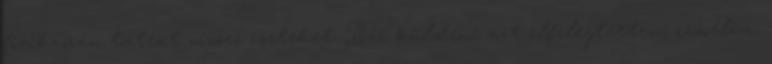
fizikaórán történt vicces eseteket. Bár küldeni azt elfelejtettem, remélem,